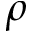
\rho